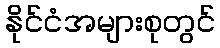
နိုင်ငံအများစုတွင်